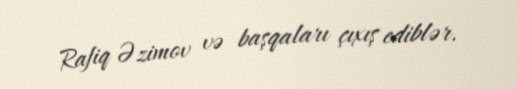
Rafiq Əzimov və başqaları çıxış ediblər.